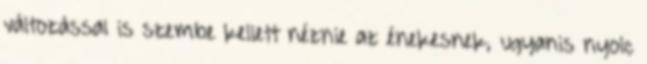
változással is szembe kellett néznie az énekesnek, ugyanis nyolc